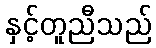
နှင့်တူညီသည်